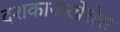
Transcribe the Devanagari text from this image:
दशकाअखेरीस